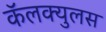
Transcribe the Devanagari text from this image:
कॅलक्युलस